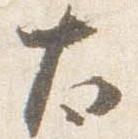
太